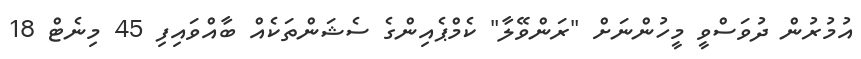
އުމުރުން ދުވަސްވީ މީހުންނަށް "ރަންވޭލާ" ކެމްޕެއިންގެ ސެޝަންތަކެއް ބާއްވައިފި 45 މިނެޓް 18